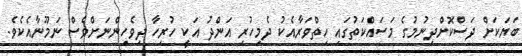
ބަޔަކަށް ދަސްކޮށްދިނުމުގެ މަސައްކަތުގައި ހިތްވަރާއެކު ދެމިހުރި އަންދު އަކީ ހުރިހާ ދިވެހިންނަށްވެސް ނަމޫނާއެކެވެ.